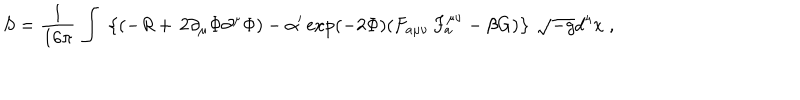
LaTeX: S = \frac { 1 } { 1 6 \pi } \, \int \; \left\{ ( - { \it R } + \, 2 \partial _ { \mu } \Phi \partial ^ { \mu } \Phi ) - \alpha ^ { \prime } \exp ( - 2 \Phi ) ( F _ { a \mu \nu } \, F _ { a } ^ { \mu \nu } - \beta { G } ) \right\} \, \sqrt { - g } d ^ { 4 } x \; ,